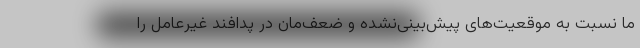
ما نسبت به موقعیت‌های پیش‌بینی‌نشده و ضعف‌مان در پدافند غیرعامل را